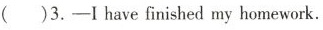
()3.-I have finished my homework.